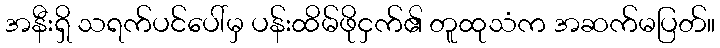
အနီးရှိ သရက်ပင်ပေါ်မှ ပန်းထိမ်ဖိုငှက်၏ တူထုသံက အဆက်မပြတ်။